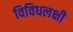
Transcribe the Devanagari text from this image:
विविधलक्षी